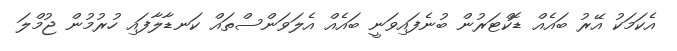
އެކަމަކު އޭރު ބައެއް ޑޮކްޓަރުން ބުނެފައިވަނީ ބައެއް އެލަވަންސްތައް ކަނޑާލާފައި ހުރުމުން ޖުމްލަ